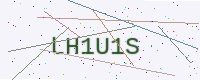
Text: LH1U1S